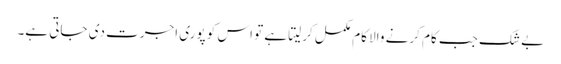
بے شک جب کام کرنے والا کام مکمل کرلیتا ہے تو اس کو پوری اجرت دی جاتی ہے۔